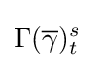
\Gamma ({\overline {\gamma }})_{t}^{s}